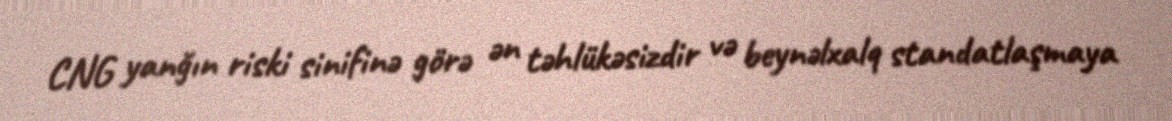
CNG yanğın riski sinifinə görə ən təhlükəsizdir və beynəlxalq standatlaşmaya